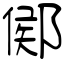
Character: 鄇